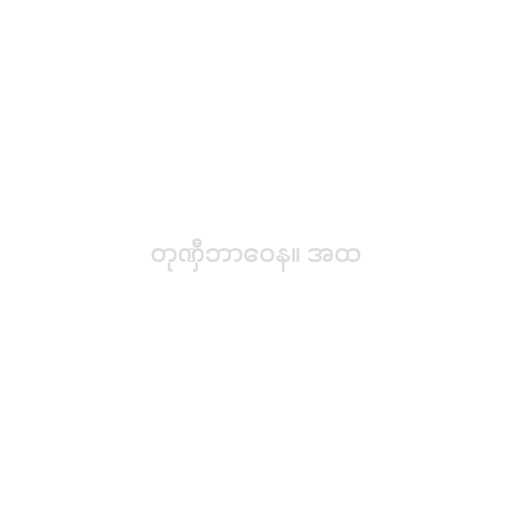
တုဏှီဘာဝေန။ အထ